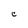
Character: C